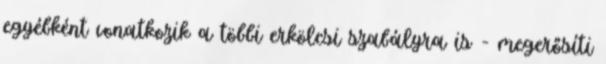
egyébként vonatkozik a többi erkölcsi szabályra is - megerősíti